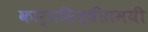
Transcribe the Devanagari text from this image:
कार्यसिद्धीसमयी